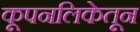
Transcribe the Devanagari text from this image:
कूपनलिकेतून